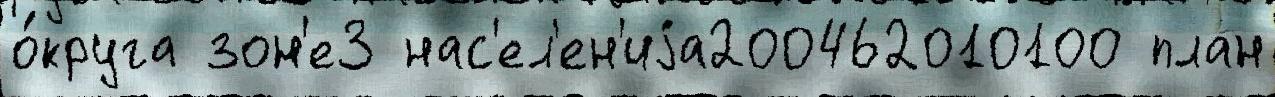
о́круга зон'е3 нас'ел'ен'иjа200462010100 план